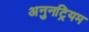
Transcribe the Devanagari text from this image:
अनुनट्रियम